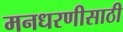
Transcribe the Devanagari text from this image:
मनधरणीसाठी